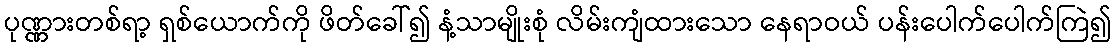
ပုဏ္ဏားတစ်ရာ့ ရှစ်ယောက်ကို ဖိတ်ခေါ်၍ နံ့သာမျိုးစုံ လိမ်းကျံထားသော နေရာဝယ် ပန်းပေါက်ပေါက်ကြဲ၍